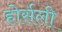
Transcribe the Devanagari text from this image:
होर्सली